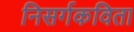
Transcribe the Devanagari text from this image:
निसर्गकविता